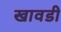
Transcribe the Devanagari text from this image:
खावडी